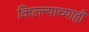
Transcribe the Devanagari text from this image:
किल्ल्याच्याही